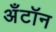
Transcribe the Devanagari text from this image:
अँटॉन